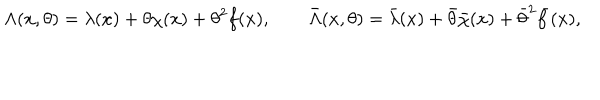
LaTeX: \Lambda ( x , \theta ) = \lambda ( x ) + \theta \chi ( x ) + \theta ^ { 2 } f ( x ) , \qquad \bar { \Lambda } ( x , \theta ) = \bar { \lambda } ( x ) + \bar { \theta } \bar { \chi } ( x ) + \bar { \theta } ^ { 2 } \bar { f } ( x ) ,